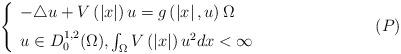
LaTeX: \begin{align*}\left\{ \begin{array}{l}-\triangle u+V\left( \left| x\right| \right) u=g\left( \left| x\right|,u\right) \Omega \medskip \\ u\in D_{0}^{1,2}(\Omega ),\int_{\Omega }V\left( \left| x\right|\right) u^{2}dx<\infty\end{array}\right. \tag*{$\left( P\right) $}\end{align*}